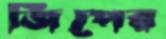
জিপের